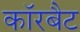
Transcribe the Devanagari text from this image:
कॉरबैट